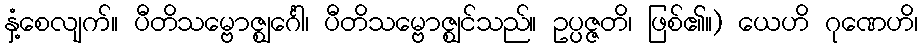
နှံ့စေလျက်။ ပီတိသမ္ဗောဇ္ဈင်္ဂေါ၊ ပီတိသမ္ဗောဇ္ဈင်သည်။ ဥပ္ပဇ္ဇတိ၊ ဖြစ်၏။) ယေဟိ ဂုဏေဟိ၊